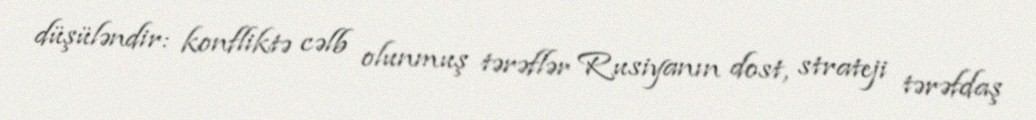
düşüləndir: konfliktə cəlb olunmuş tərəflər Rusiyanın dost, strateji tərəfdaş